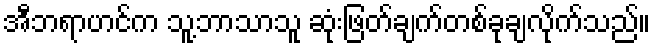
အီဘရာဟင်က သူ့ဘာသာသူ ဆုံးဖြတ်ချက်တစ်ခုချလိုက်သည်။